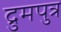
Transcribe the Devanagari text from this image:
द्रुमपुत्र